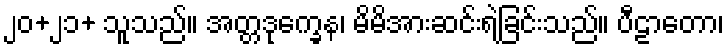
၂၀+၂၁+ သူသည်။ အတ္တဒုက္ခေန၊ မိမိအားဆင်းရဲခြင်းသည်။ ပီဠာတော၊